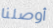
أوصلنا